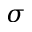
\sigma